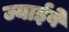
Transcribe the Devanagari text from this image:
ज्याईबे